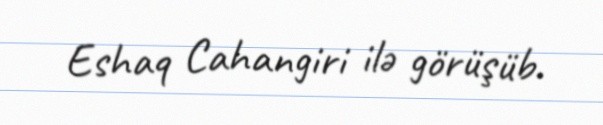
Eshaq Cahangiri ilə görüşüb.